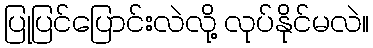
ပြုပြင်ပြောင်းလဲလို့ လုပ်နိုင်မလဲ။